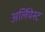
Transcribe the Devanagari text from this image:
अर्लियेस्ट